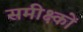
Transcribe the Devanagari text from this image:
समीक्ष्कों